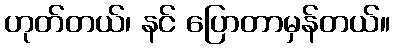
ဟုတ်တယ်၊ နင် ပြောတာမှန်တယ်။